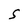
Character: S